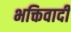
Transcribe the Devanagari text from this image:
भक्तिवादी